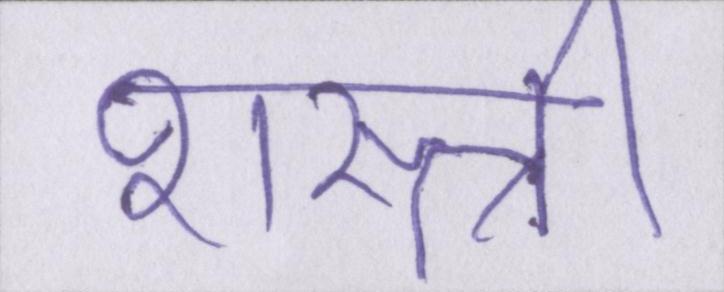
शास्त्री